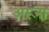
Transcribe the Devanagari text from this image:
अरूना